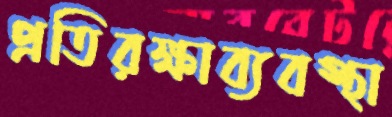
প্রতিরক্ষাব্যবস্থা